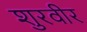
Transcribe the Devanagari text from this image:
शुरवीर